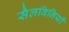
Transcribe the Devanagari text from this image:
सैलविनियाँ